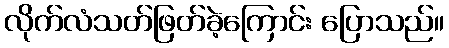
လိုက်လံသတ်ဖြတ်ခဲ့ကြောင်း ပြောသည်။